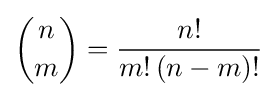
{n \choose m}={\frac {n!}{m!\,(n-m)!}}